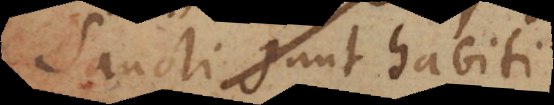
Sanctis sunt habiti